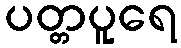
ပတ္တပူရေ